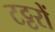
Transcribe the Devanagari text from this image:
टट्टरों